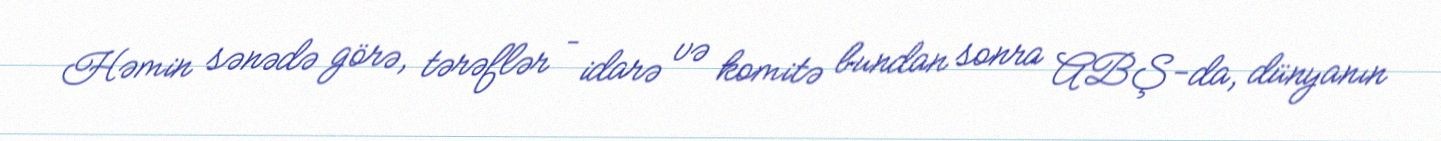
Həmin sənədə görə, tərəflər – idarə və komitə bundan sonra ABŞ-da, dünyanın